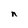
Character: n